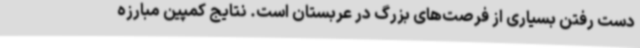
دست رفتن بسیاری از فرصت‌های بزرگ در عربستان است. نتایج کمپین مبارزه